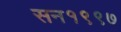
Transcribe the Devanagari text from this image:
सन१९९७